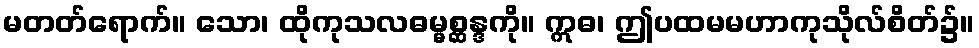
မတတ်ရောက်။ သော၊ ထိုကုသလဓမ္မစ္ဆန္ဒကို။ ဣဓ၊ ဤပထမမဟာကုသိုလ်စိတ်၌။